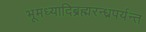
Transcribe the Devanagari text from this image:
भूमध्यादिब्रह्मरन्ध्रपर्यन्त